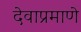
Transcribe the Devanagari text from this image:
देवाप्रमाणे